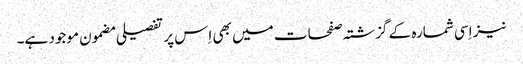
نیز اِسی شمارہ کے گزشتہ صفحات میں بھی اِس پر تفصیلی مضمون موجود ہے۔